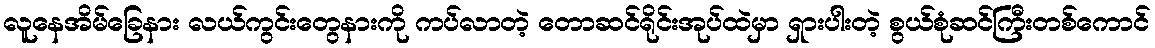
လူနေအိမ်ခြေနား လယ်ကွင်းတွေနားကို ကပ်လာတဲ့ တောဆင်ရိုင်းအုပ်ထဲမှာ ရှားပါးတဲ့ စွယ်စုံဆင်ကြီးတစ်ကောင်